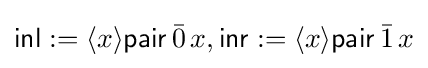
{\mathsf {inl}}:=\langle x\rangle {\mathsf {pair}}\,{\bar {0}}\,x,{\mathsf {inr}}:=\langle x\rangle {\mathsf {pair}}\,{\bar {1}}\,x